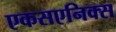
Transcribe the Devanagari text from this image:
एकसएनिक्स